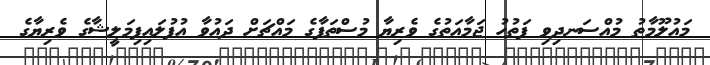
މައުލޫމާތު މުއްސަނދިވި ފަތުހު ޖަމާއަތުގެ ވެރިޔާ މުސްތަފާގެ މައްޗަށް ދައުވާ އުފުލައިފިމަލީޝާގެ ވެރިޔާގެ